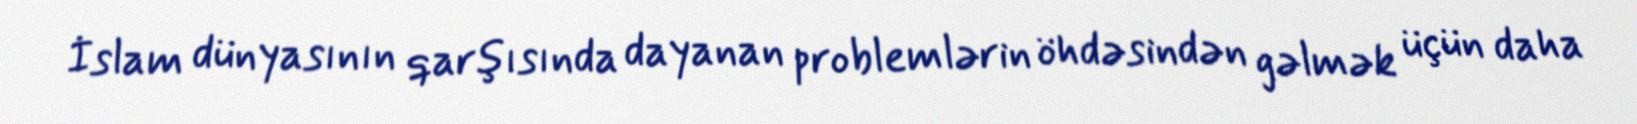
İslam dünyasının qarşısında dayanan problemlərin öhdəsindən gəlmək üçün daha